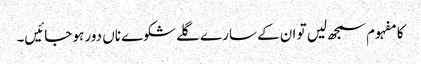
کا مفہوم سمجھ لیں تو ان کے سارے گلے شکوے ناں دور ہو جائیں۔